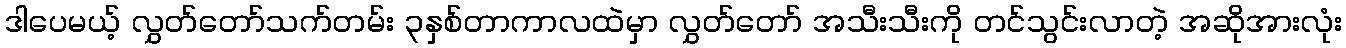
ဒါပေမယ့် လွှတ်တော်သက်တမ်း ၃နှစ်တာကာလထဲမှာ လွှတ်တော် အသီးသီးကို တင်သွင်းလာတဲ့ အဆိုအားလုံး